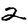
Digit: 2